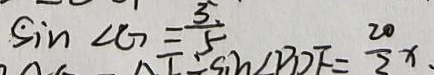
\sin \angle G = \frac { 3 } { 5 }